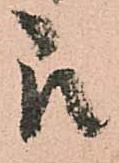
即